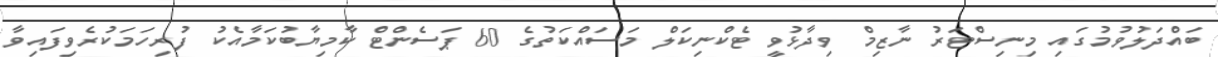
ބައްދަލުވުމުގައި މިނިސްޓަރު ނާޒިމް ވިދާޅުވީ ޓެކްނިކަލް މަސައްކަތުގެ 60 ޕަސެންޓް ކާމިޔާބުކަމާއެކު ފުރިހަމަކުރެވިފައިވާ